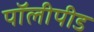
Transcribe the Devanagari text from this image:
पॉलीपीड